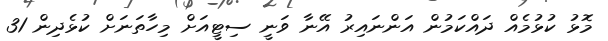
މޮޅު ކުޅުމެއް ދައްކަމުން އަންނައިރު އޭނާ ވަނީ ސިޓީއަށް މިހާތަނަށް ކުޅެދިން 31